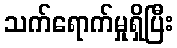
သက်ရောက်မှုရှိပြီး